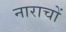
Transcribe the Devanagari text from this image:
नाराचों